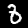
Digit: 8